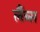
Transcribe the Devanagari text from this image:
र्लैब्स